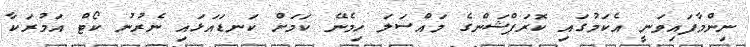
ނިންމާފައިވަނީ އެކަމުގައި ކޮރަޕްޝަންގެ މައްސަލަ ހިމެނޭ ކަމަށް ކަނޑައަޅައި ނެރުނު ކޯޓް އަމުރަކާ